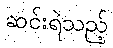
ဆင်းရဲသည့်